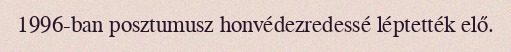
1996-ban posztumusz honvédezredessé léptették elő.